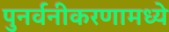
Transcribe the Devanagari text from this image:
पुनर्वनीकरणामध्ये